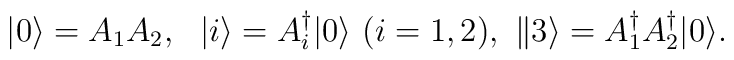
|0\rangle={{A}}_1{{A}}_2,\ \ |i\rangle={A}_{i}^{\dagger}|0\rangle\ ({i}=1,2),\ \|3\rangle={A}^{\dagger}_{1}{A}^{\dagger}_{2}|0\rangle.